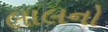
લાલનો